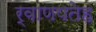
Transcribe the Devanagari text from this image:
र्वाणपतेह